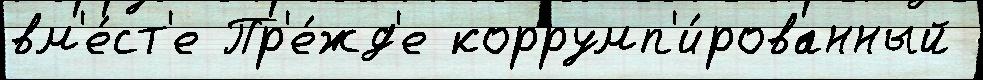
вм'е́ст'е Пр'е́жд'е коррумп'и́рованный